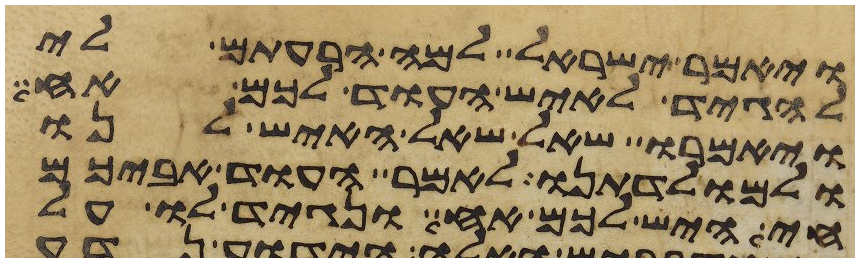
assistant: ויאמר ישראל למה הרעתם לי
להגיד לאיש העוד לכם אח
ויאמרו שאל שאל האיש לנו
ולמולדתנו לאמר העוד אביכם
חי היש לכם אח ונגיד לו על